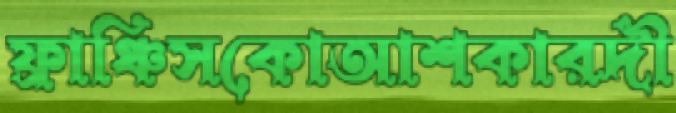
ফ্রাঞ্চিসকোআশকারদী